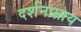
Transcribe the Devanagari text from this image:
दर्शनाम्नाय